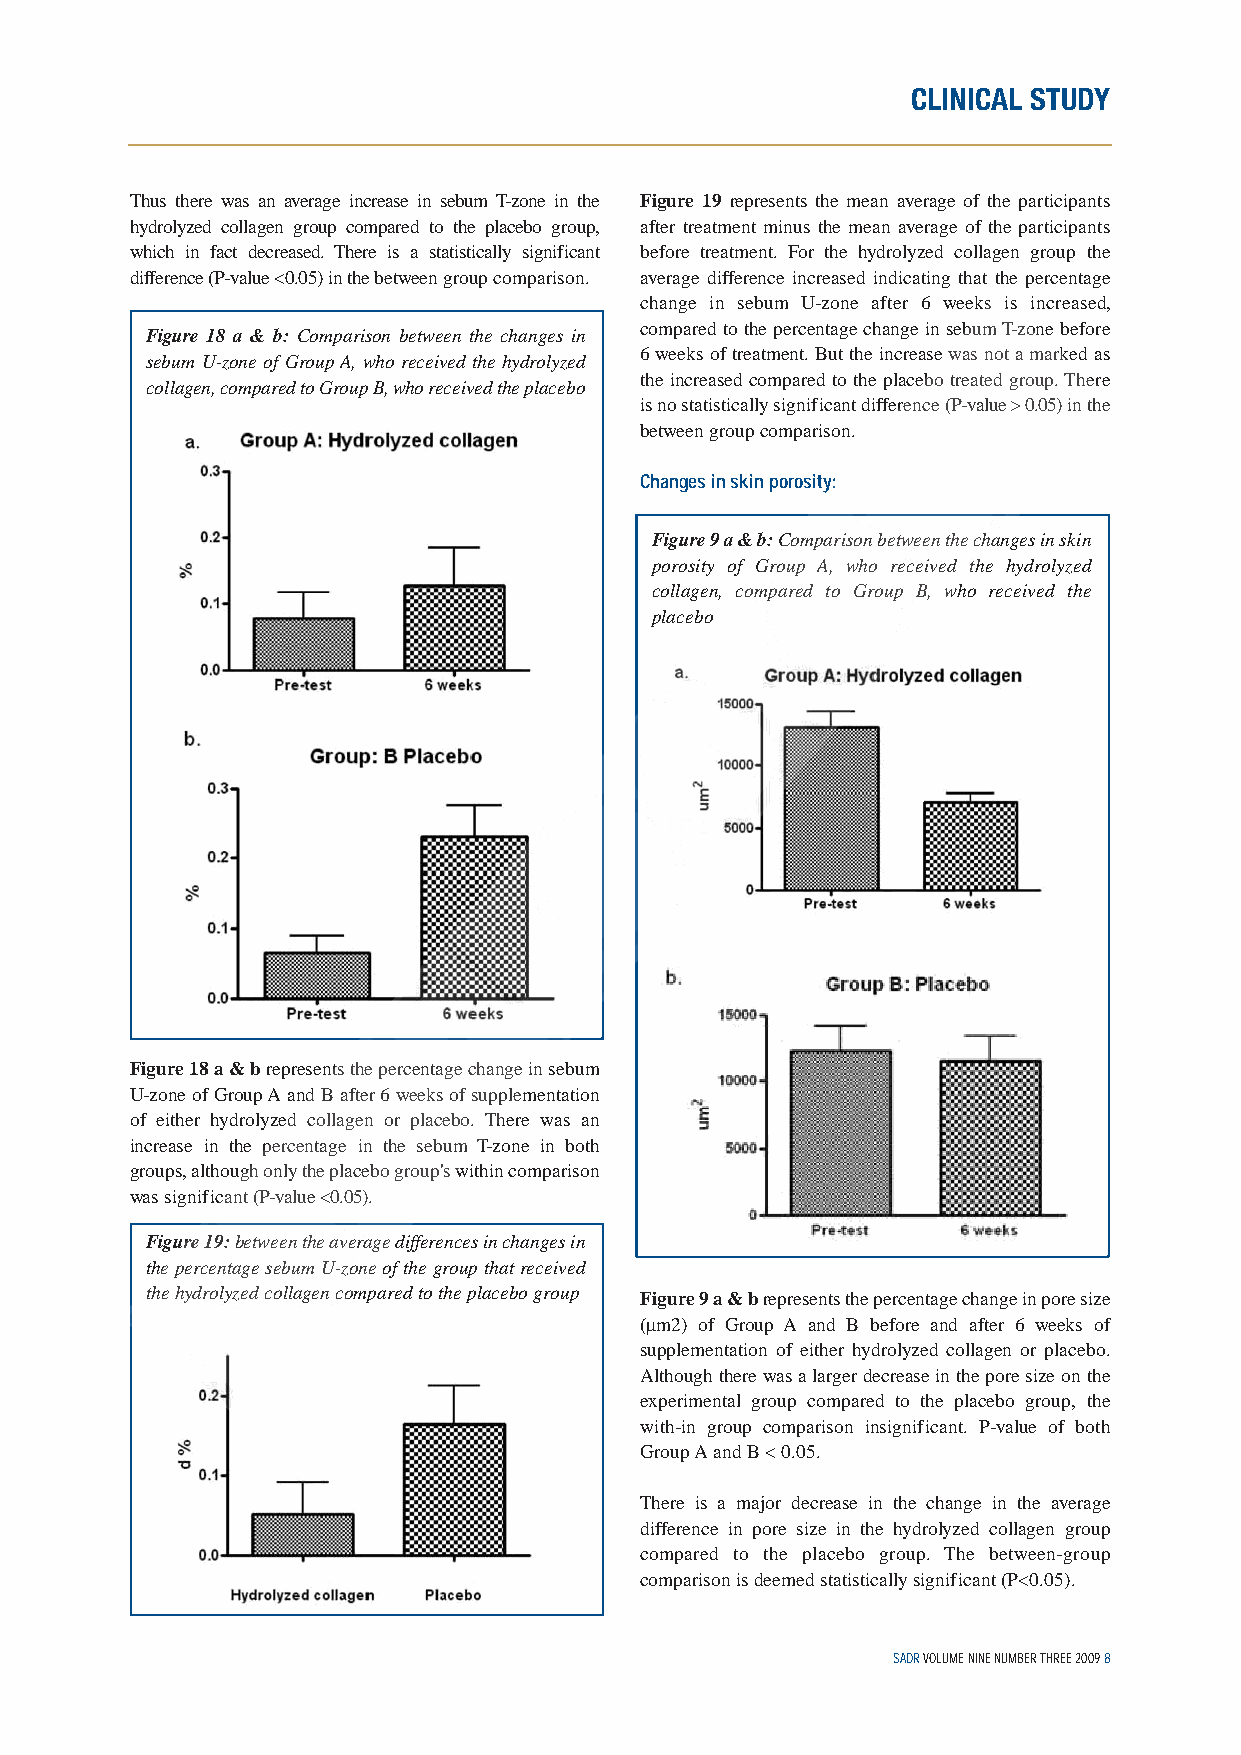
CLINICAL STUDY
 Thus there was an average increase in sebum T-zone in the Figure 19 represents the mean average of the participants
 hydrolyzed collagen group compared to the placebo group, after treatment minus the mean average of the participants
 which in fact decreased. There is a statistically significant before treatment. For the hydrolyzed collagen group the
 difference (P-value <0.05) in thebetween group comparison. average difference increased indicating that the percentage
 change in sebum U-zone after 6 weeks is increased,
 compared to the percentage change in sebum T-zone before
 Figure 18 a & b: Comparison between the changes in
 6 weeks of treatment. But the increase was not a marked as
 sebum U-zone of Group A, who received the hydrolyzed
 the increased compared to the placebo treated group. There
 collagen, compared to Group B, who received the placebo
 is no statistically significant difference (P-value > 0.05)in the
 between group comparison.
 Changes in skin porosity:
 Figure 9 a & b:Comparison between the changes in skin
 porosity of Group A, who received the hydrolyzed
 collagen, compared to Group B, who received the
 placebo
 Figure 18 a & brepresents the percentage change in sebum
 U-zone of Group A and B after 6 weeks of supplementation
 of either hydrolyzed collagen or placebo. There was an
 increase in the percentage in the sebum T-zone in both
 groups, although only the placebo group's within comparison
 was significant (P-value <0.05).
 Figure 19:between the average differences in changes in
 the percentage sebum U-zone of the group that received
 the hydrolyzed collagen compared to the placebo group Figure 9 a & brepresents the percentage change in pore size
 (µm2) of Group A and B before and after 6 weeks of
 supplementation of either hydrolyzed collagen or placebo.
 Although there was a larger decrease in the pore size on the
 experimental group compared to the placebo group, the
 with-in group comparison insignificant. P-value of both
 Group A and B < 0.05.
 There is a major decrease in the change in the average
 difference in pore size in the hydrolyzed collagen group
 compared to the placebo group. The between-group
 comparison is deemed statistically significant (P<0.05).
 SADR VOLUME NINE NUMBER THREE 2009 8